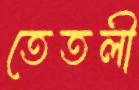
তেতলী